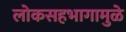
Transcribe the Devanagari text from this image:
लोकसहभागामुळे